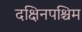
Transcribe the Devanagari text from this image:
दक्षिनपश्चिम